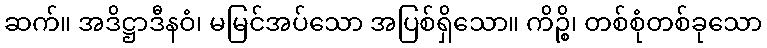
ဆက်။ အဒိဋ္ဌာဒီနဝံ၊ မမြင်အပ်သော အပြစ်ရှိသော။ ကိဉ္စိ၊ တစ်စုံတစ်ခုသော